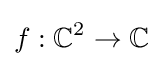
f:\mathbb {C} ^{2}\to \mathbb {C}